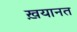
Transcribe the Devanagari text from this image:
ख़यानत